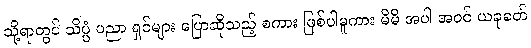
သို့ရာတွင် သိပ္ပံ ပညာ ရှင်များ ပြောဆိုသည့် စကား ဖြစ်ပါမူကား မိမိ အပါ အဝင် ယခုခတ်